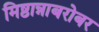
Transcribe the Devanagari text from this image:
मिष्ठान्नाबरोबर